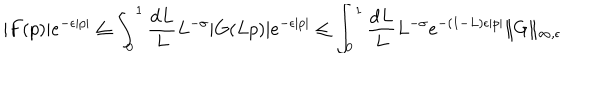
LaTeX: | F ( p ) | e ^ { - \epsilon | p | } \leq \int _ { 0 } ^ { 1 } \frac { \mathrm { d } L } { L } L ^ { - \sigma } | G ( L p ) | e ^ { - \epsilon | p | } \leq \int _ { 0 } ^ { 1 } \frac { \mathrm { d } L } { L } L ^ { - \sigma } e ^ { - ( 1 - L ) \epsilon | p | } \| G \| _ { \infty , \epsilon }